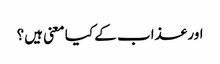
اور عذاب کے کیا معنی ہیں؟